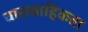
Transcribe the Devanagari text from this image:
धारावाहिकता